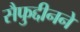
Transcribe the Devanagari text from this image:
सैफुद्दीनने